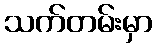
သက်တမ်းမှာ